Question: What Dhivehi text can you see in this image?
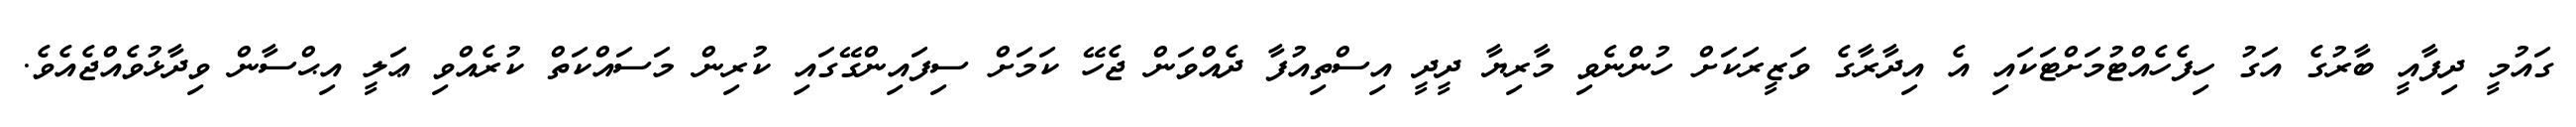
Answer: ގައުމީ ދިފާއީ ބާރުގެ އަގު ހިފެހެއްޓުމަށްޓަކައި އެ އިދާރާގެ ވަޒީރަކަށް ހުންނެވި މާރިޔާ ދީދީ އިސްތިއުފާ ދެއްވަން ޖެހޭ ކަމަށް ސިފައިންގޭގައި ކުރިން މަސައްކަތް ކުރެއްވި ޢަލީ އިޙްސާން ވިދާޅުވެއްޖެއެވެ.